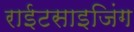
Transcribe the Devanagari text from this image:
राईटसाइजिंग